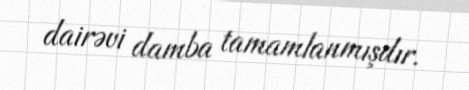
dairəvi damba tamamlanmışdır.